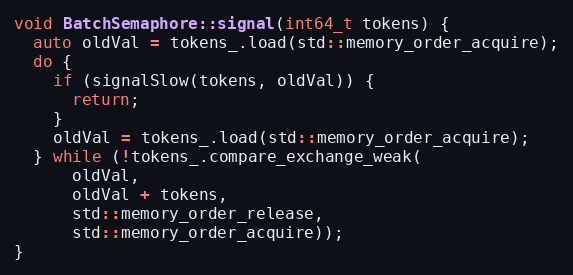
Language: C++
void BatchSemaphore::signal(int64_t tokens) {
  auto oldVal = tokens_.load(std::memory_order_acquire);
  do {
    if (signalSlow(tokens, oldVal)) {
      return;
    }
    oldVal = tokens_.load(std::memory_order_acquire);
  } while (!tokens_.compare_exchange_weak(
      oldVal,
      oldVal + tokens,
      std::memory_order_release,
      std::memory_order_acquire));
}